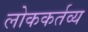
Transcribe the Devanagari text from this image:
लोककर्तव्य